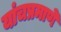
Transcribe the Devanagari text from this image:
यांचप्रमाणे